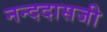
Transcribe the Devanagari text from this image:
नन्ददासजी